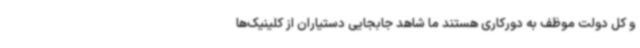
و کل دولت موظف به دورکاری هستند ما شاهد جابجایی دستیاران از کلینیک‌ها